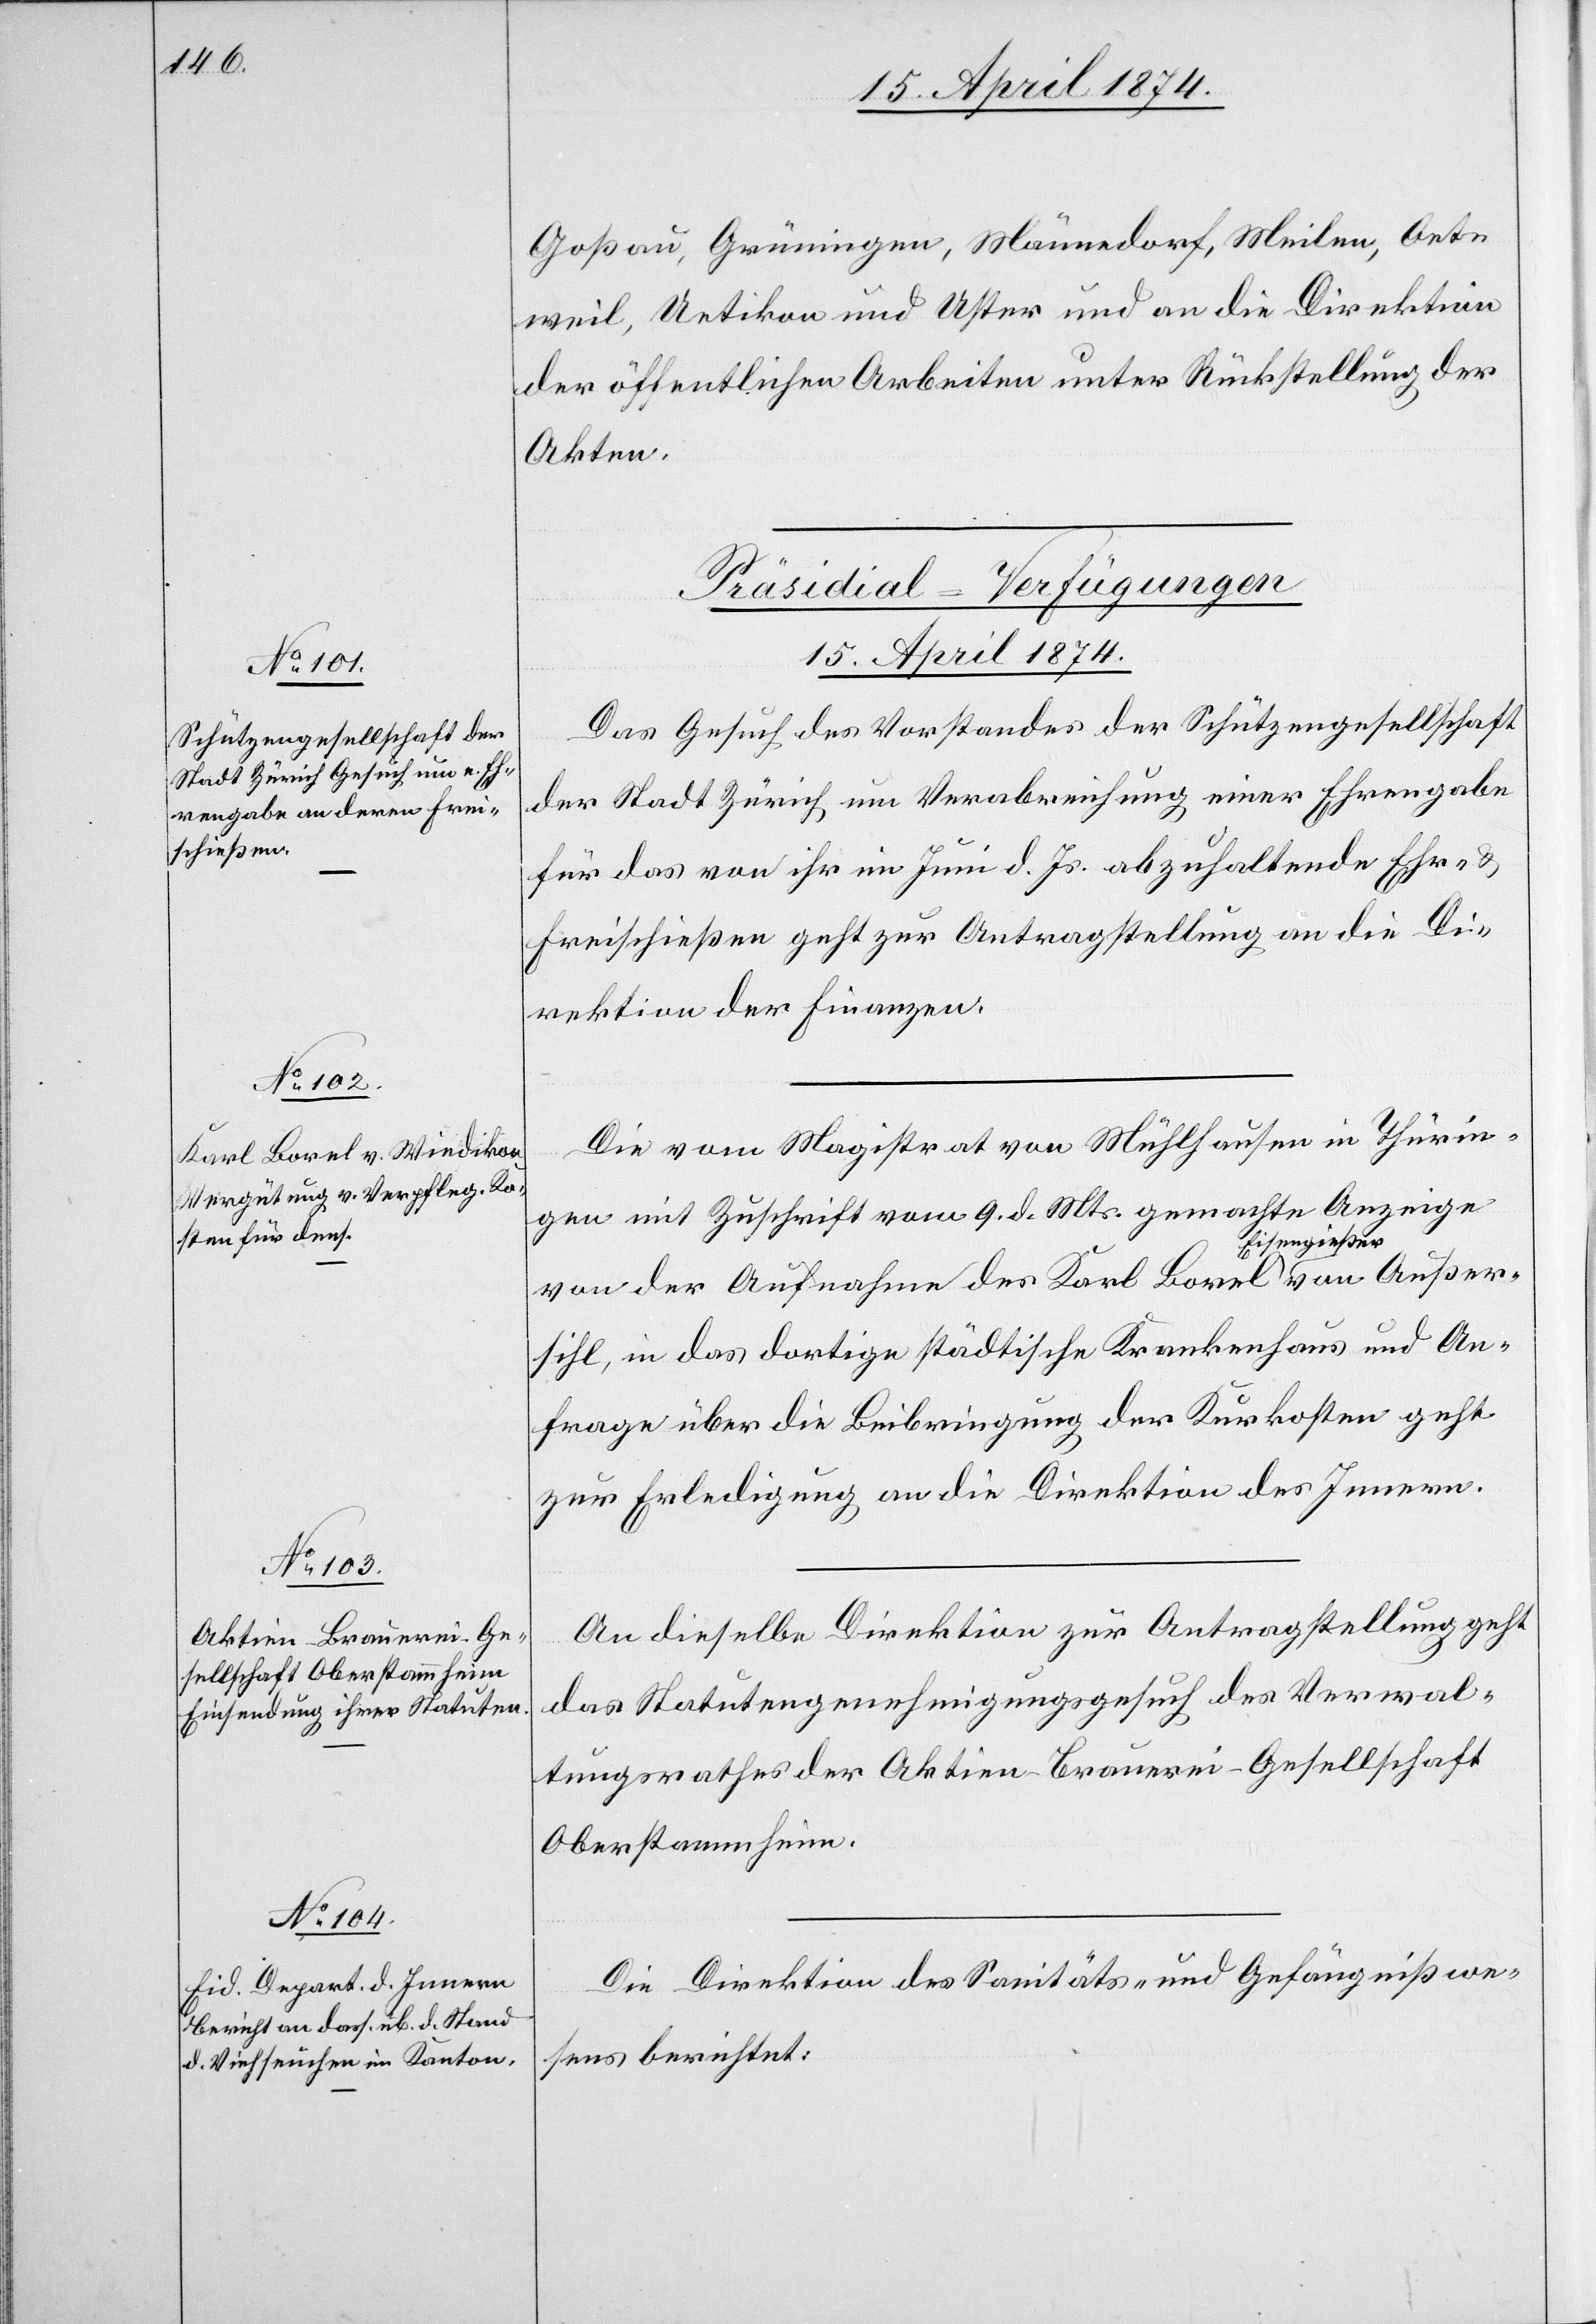
Goßau, Grüningen, Männedorf, Meilen, Oet¬
weil, Uetikon und Uster und an die Direktion
der öffentlichen Arbeiten unter Rückstellung der
Akten.
[Präsidial-Verfügungen
15. April 1874.]
Das Gesuch des Vorstandes der Schützengesellschaft
der Stadt Zürich um Verabreichung einer Ehrengabe
für das von ihr im Juni d. Js. abzuhaltende Ehr- u.
Freischießen geht zur Antragstellung an die Di¬
rektion der Finanzen.
Die vom Magistrat von Mühlhausen in Thürin¬
gen mit Zuschrift vom 9. d. Mts. gemachte Anzeige
von der Aufnahme des Karl Borel[,] Eisengießer
[sic!], in das dortige städtische Krankenhaus und An¬
frage über die Beibringung der Kurkosten geht
zur Erledigung an die Direktion des Innern.
An dieselbe Direktion zur Antragstellung geht
das Statutengenehmigungsgesuch des Verwal¬
tungsrathes der Aktien-Brauerei-Gesellschaft
Oberstammheim.
Die Direktion des Sanitäts- und Gefängnißwe¬
sens berichtet: